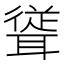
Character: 𮋹